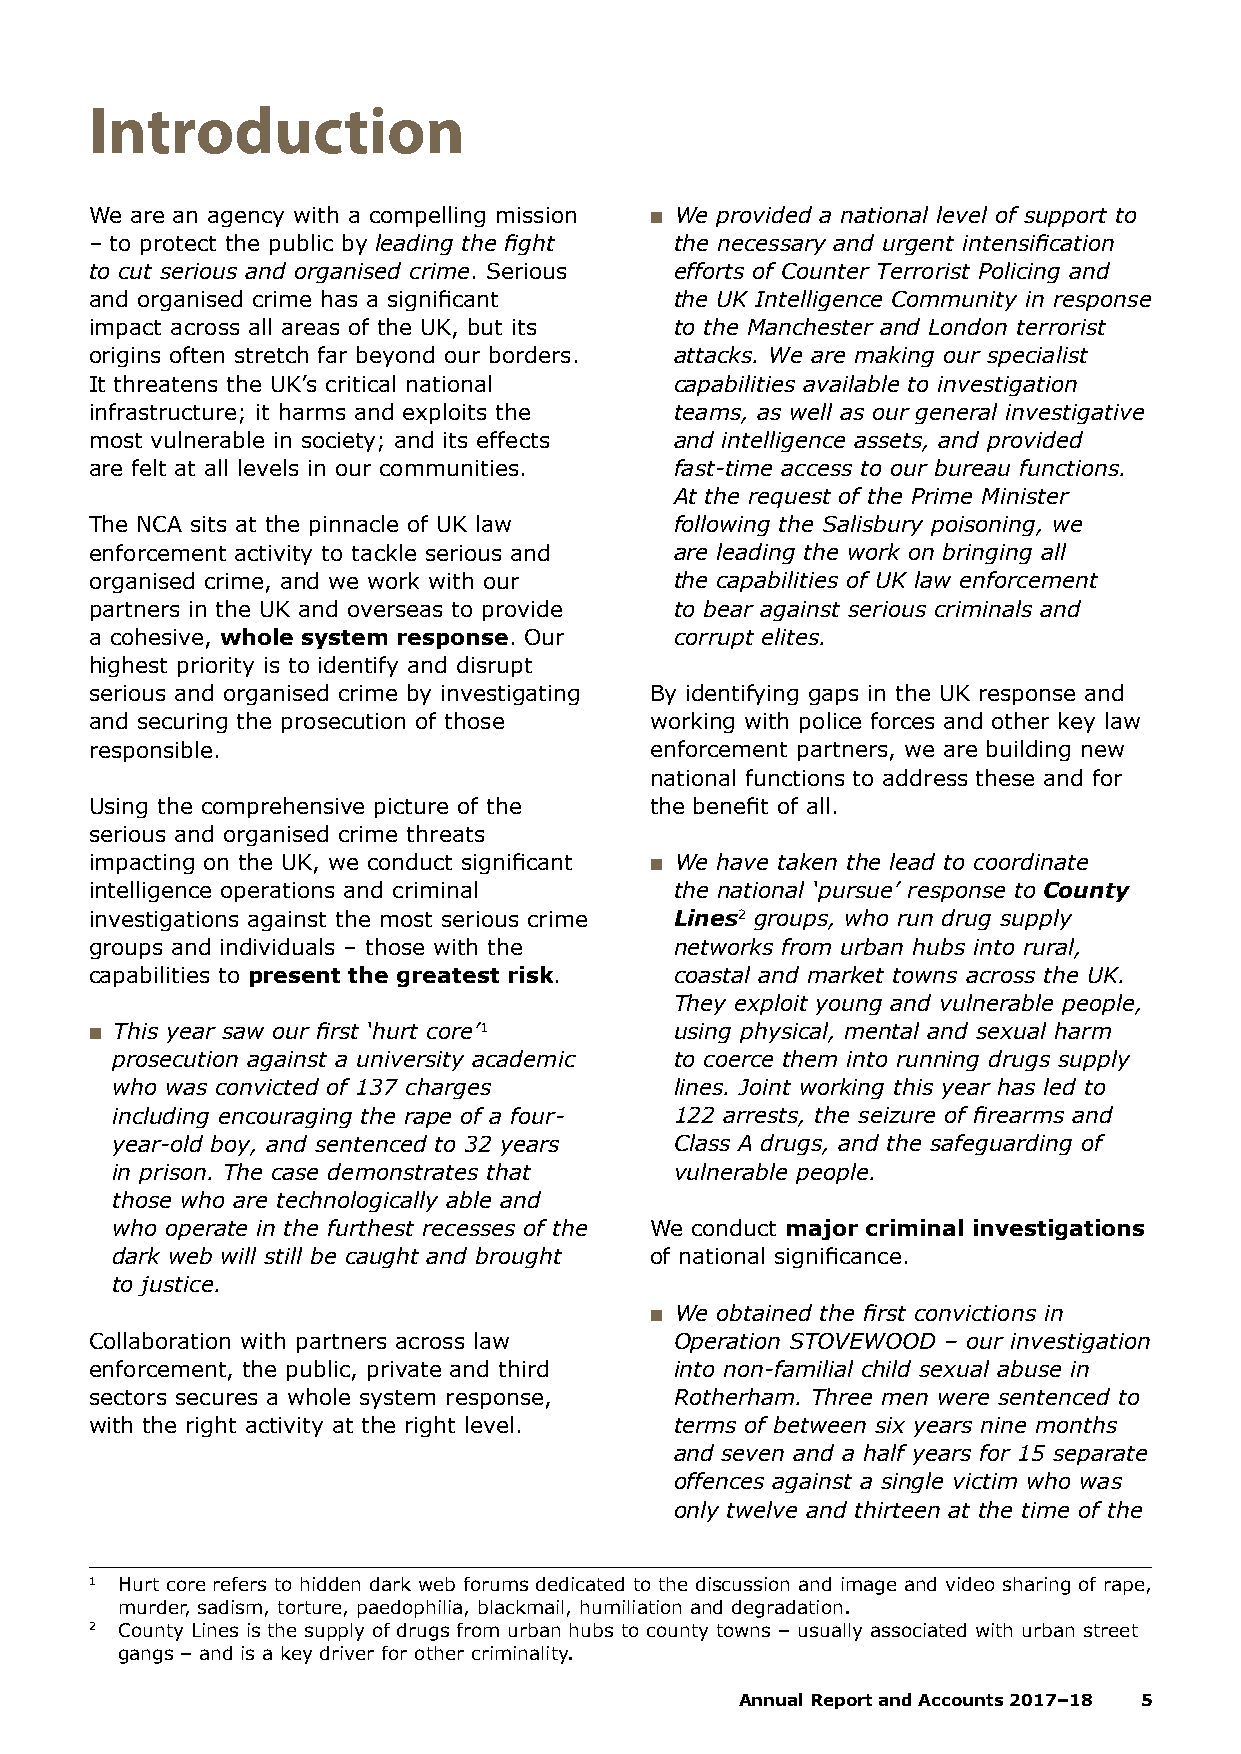
Introduction
 We are an agency with a compelling mission ■■ We provided a national level of support to
 – to protect the public by leading the fight the necessary and urgent intensification
 to cut serious and organised crime. Serious efforts of Counter Terrorist Policing and
 and organised crime has a significant  the UK Intelligence Community in response
 impact across all areas of the UK, but its to the Manchester and London terrorist
 origins often stretch far beyond our borders. attacks. We are making our specialist
 It threatens the UK’s critical national capabilities available to investigation
 infrastructure; it harms and exploits the teams, as well as our general investigative
 most vulnerable in society; and its effects and intelligence assets, and provided
 are felt at all levels in our communities. fast-time access to our bureau functions.
 At the request of the Prime Minister
 The NCA sits at the pinnacle of UK law following the Salisbury poisoning, we
 enforcement activity to tackle serious and are leading the work on bringing all
 organised crime, and we work with our  the capabilities of UK law enforcement
 partners in the UK and overseas to provide to bear against serious criminals and
 a cohesive, whole system response. Our corrupt elites.
 highest priority is to identify and disrupt
 serious and organised crime by investigating By identifying gaps in the UK response and
 and securing the prosecution of those working with police forces and other key law
 responsible.                         enforcement partners, we are building new
 national functions to address these and for
 Using the comprehensive picture of the the benefit of all.
 serious and organised crime threats
 impacting on the UK, we conduct significant ■■ We have taken the lead to coordinate
 intelligence operations and criminal   the national ‘pursue’ response to County
 investigations against the most serious crime Lines2 groups, who run drug supply
 groups and individuals – those with the networks from urban hubs into rural,
 capabilities to present the greatest risk. coastal and market towns across the UK.
 They exploit young and vulnerable people,
 ■■ This year saw our first ‘hurt core’ 1 using physical, mental and sexual harm
 prosecution against a university academic to coerce them into running drugs supply
 who was convicted of 137 charges      lines. Joint working this year has led to
 including encouraging the rape of a four- 122 arrests, the seizure of firearms and
 year-old boy, and sentenced to 32 years Class A drugs, and the safeguarding of
 in prison. The case demonstrates that vulnerable people.
 those who are technologically able and
 who operate in the furthest recesses of the We conduct major criminal investigations
 dark web will still be caught and brought of national significance.
 to justice.
 ■■ We obtained the first convictions in
 Collaboration with partners across law Operation STOVEWOOD – our investigation
 enforcement, the public, private and third into non-familial child sexual abuse in
 sectors secures a whole system response, Rotherham. Three men were sentenced to
 with the right activity at the right level. terms of between six years nine months
 and seven and a half years for 15 separate
 offences against a single victim who was
 only twelve and thirteen at the time of the
 1 Hurt core refers to hidden dark web forums dedicated to the discussion and image and video sharing of rape,
 murder, sadism, torture, paedophilia, blackmail, humiliation and degradation.
 2 County Lines is the supply of drugs from urban hubs to county towns – usually associated with urban street
 gangs – and is a key driver for other criminality.
 Annual Report and Accounts 2017–18 5